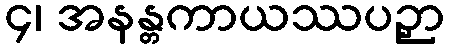
၄၊ အနန္တကာယဿပဉှာ